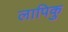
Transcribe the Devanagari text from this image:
लापिकु